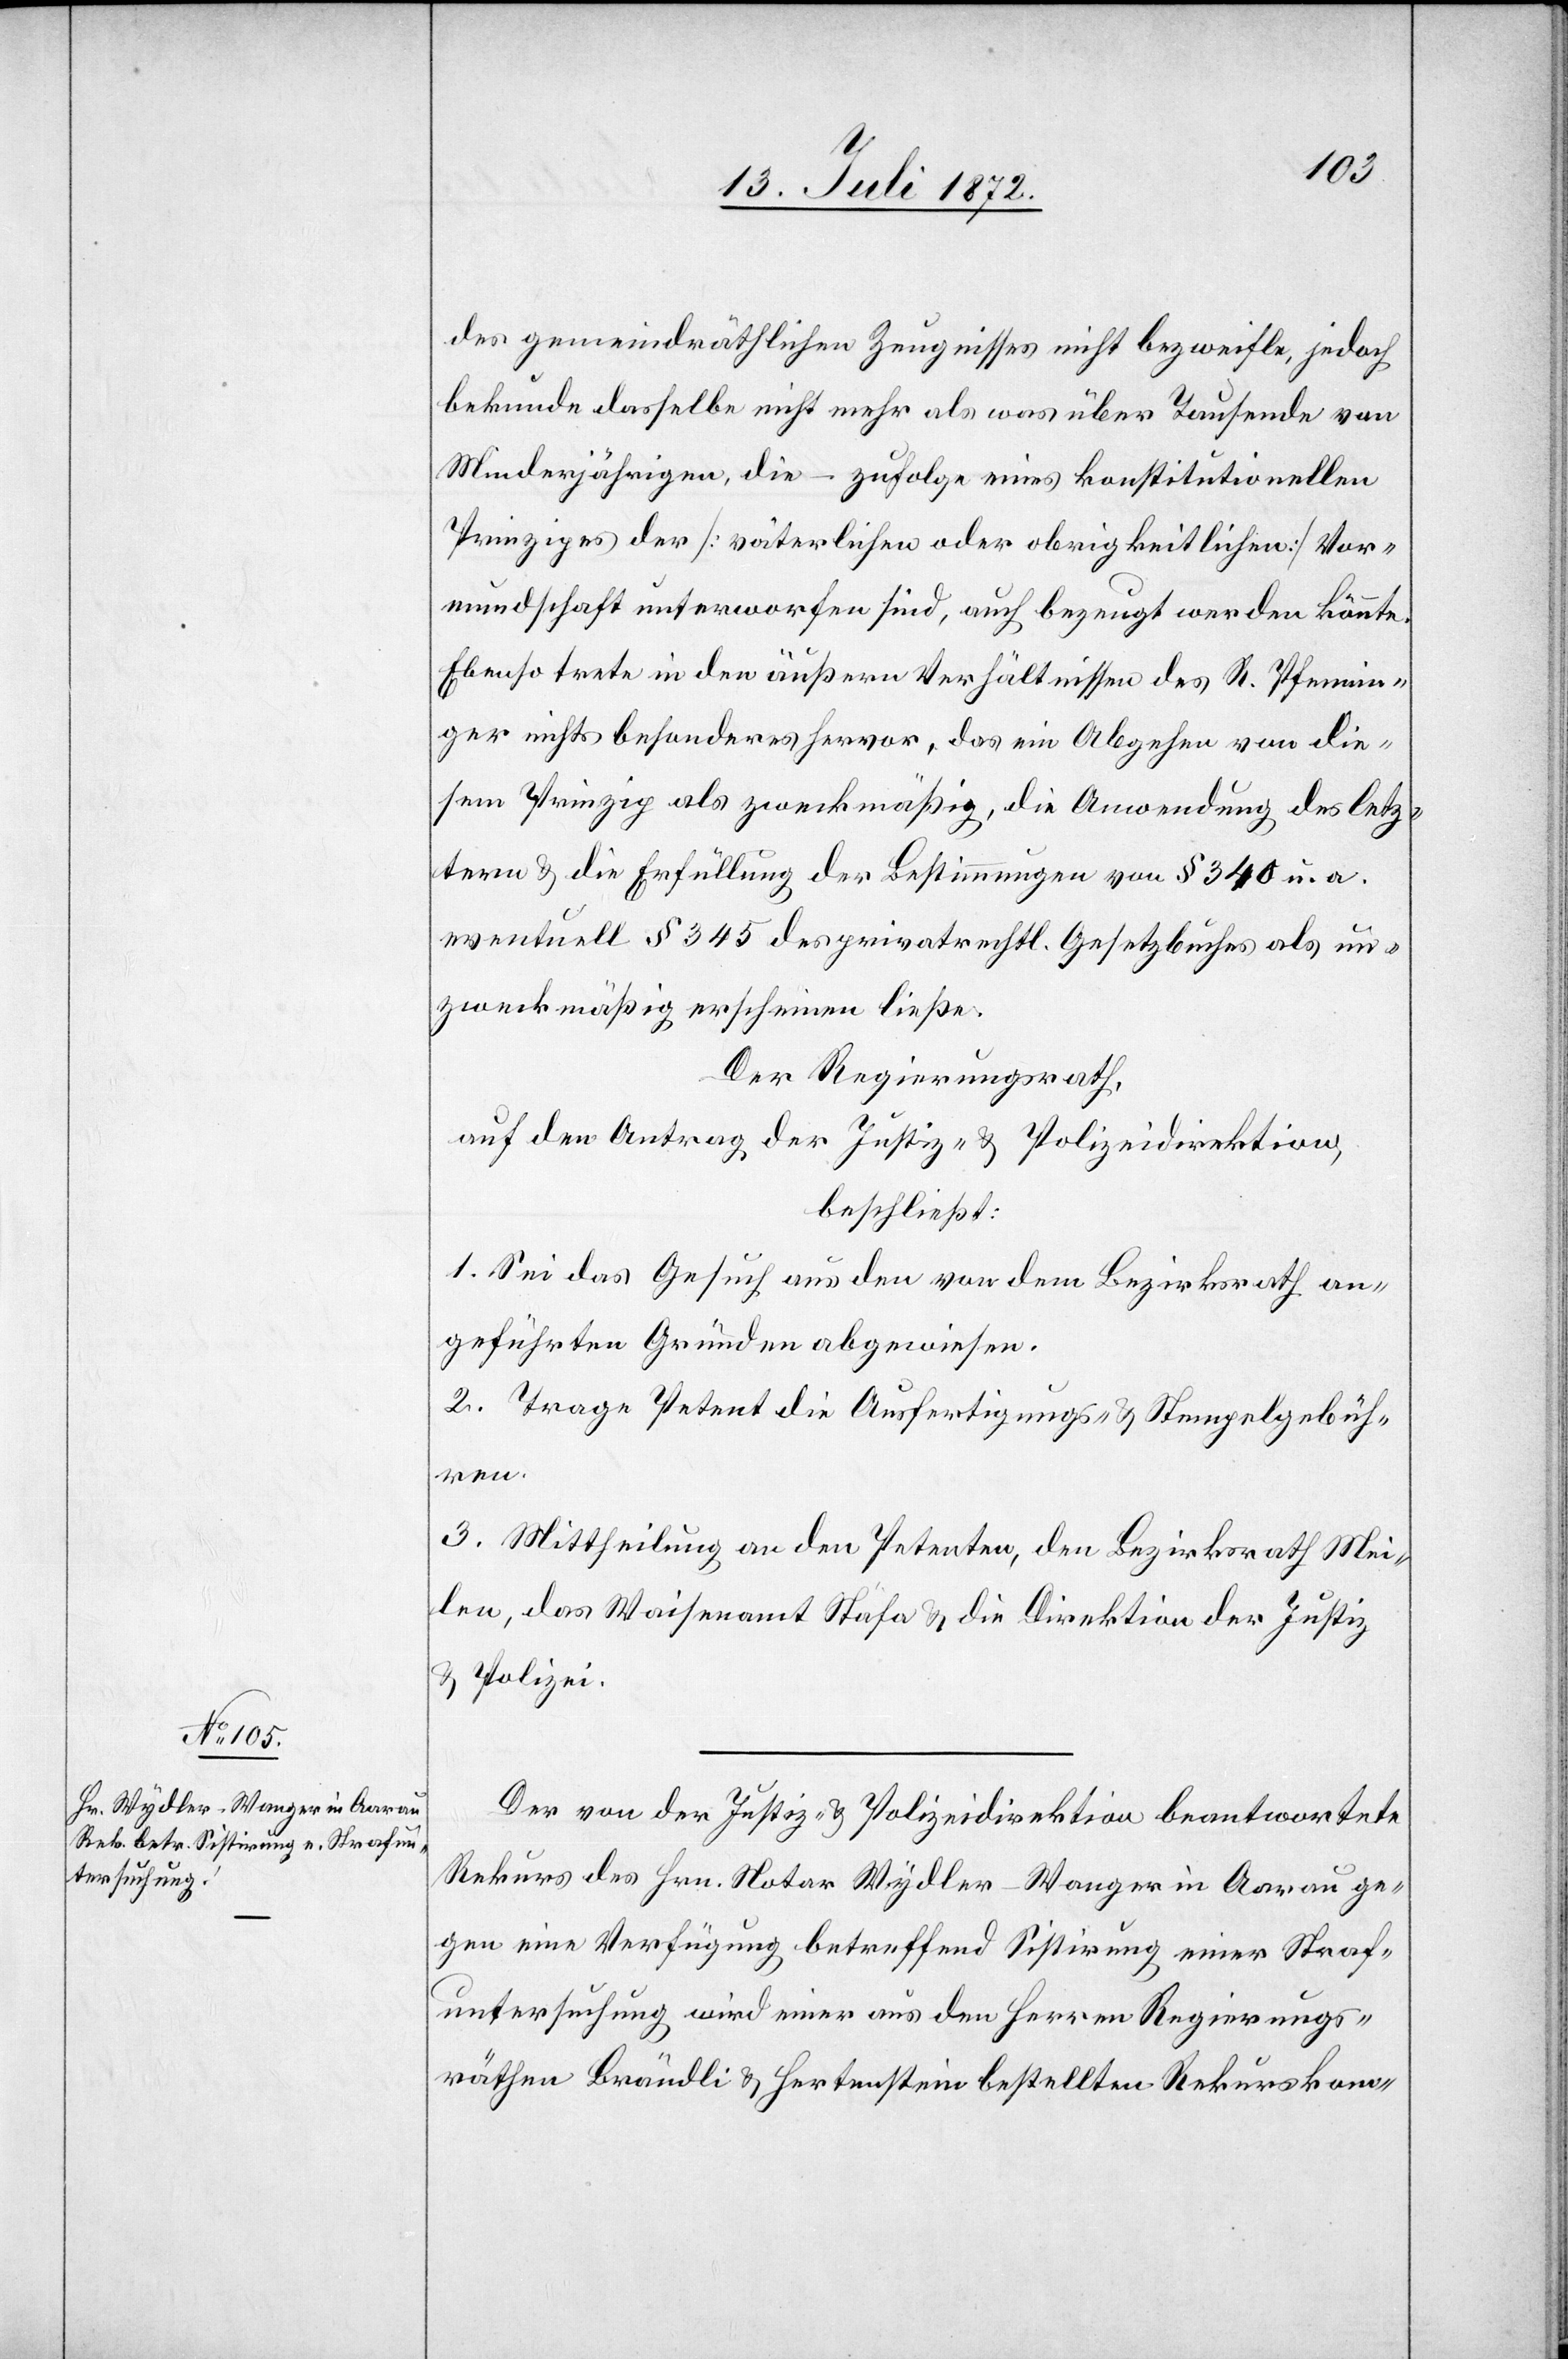
des gemeindräthlichen Zeugnisses nicht bezweifle, jedoch
bekunde dasselbe nicht mehr als was über Tausende von
Minderjährigen, die – zufolge eines konstitutionellen
Prinzipes der [väterlichen oder obrigkeitlichen] Vor¬
mundschaft unterworfen sind, auch bezeugt werden könnte.
Ebenso trete in den äußern Verhältnissen des R. Pfennin¬
ger nichts besonderes hervor, das ein Abgehen von die¬
sem Prinzip als zweckmäßig, die Anwendung des letz¬
tern u. die Erfüllung der Bestimmungen von § 340 u. a.
eventuell § 345 des privatrechtl. Gesetzbuches als un¬
zweckmäßig erscheinen ließe.
Der Regierungsrath,
auf den Antrag der Justiz- u. Polizeidirektion,
beschließt:
1. Sei das Gesuch aus den von dem Bezirksrath an¬
geführten Gründen abgewiesen.
2. Trage Petent die Ausfertigungs- u. Stempelgebüh¬
ren.
3. Mittheilung an den Petenten, den Bezirksrath Mei¬
len, das Waisenamt Stäfa u. die Direktion der Justiz
u. Polizei.
Der von der Justiz- u. Polizeidirektion beantwortete
Rekurs des Hrn. Notar Wydler-Wanger in Aarau ge¬
gen eine Verfügung betreffend Sistirung einer Straf¬
untersuchung wird einer aus den Herren Regierungs¬
räthen Brändli u. Hertenstein bestellten Rekurskom-